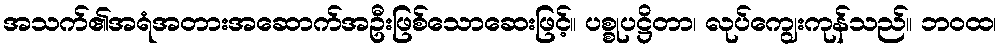
အသက်၏အရံအတားအဆောက်အဦးဖြစ်သောဆေးဖြင့်။ ပစ္စုပဋ္ဌိတာ၊ လုပ်ကျွေးကုန်သည်။ ဘဝထ၊